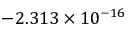
- 2 . 3 1 3 \times 1 0 ^ { - 1 6 }